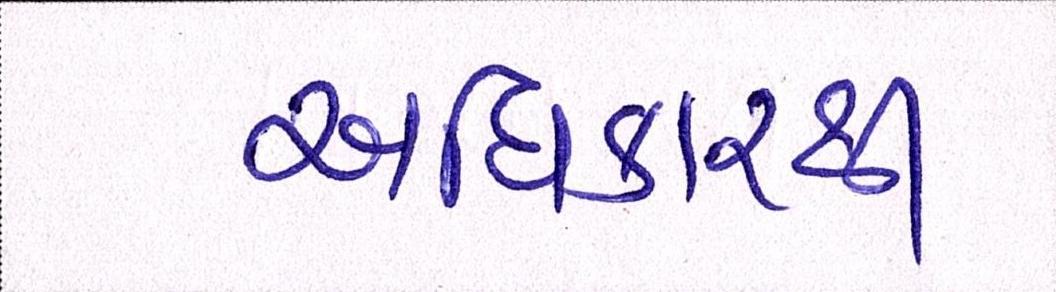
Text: અધિકારથી